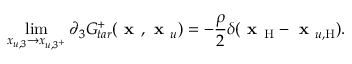
\operatorname* { l i m } _ { x _ { u , 3 } \to x _ { u , 3 ^ { + } } } \partial _ { 3 } G _ { t a r } ^ { + } ( \textbf { x } , \textbf { x } _ { u } ) = - \frac { \rho } { 2 } \delta ( \textbf { x } _ { \mathrm { H } } - \textbf { x } _ { u , \mathrm { H } } ) .